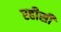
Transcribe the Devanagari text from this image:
रहीसी